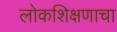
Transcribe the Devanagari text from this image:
लोकशिक्षणाचा